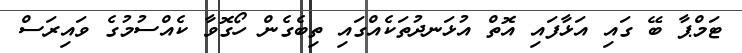
ޓަމްޕާ ބޭ ގައި އަޅާފައި އޮތް އުޅަނދުތަކެއްގައި ތިބެގެން ހޯގޮވާ ކެއްސުމުގެ ވައިރަސް